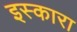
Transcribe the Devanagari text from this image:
इस्कारा